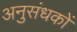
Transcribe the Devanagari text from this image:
अनुसंधकों